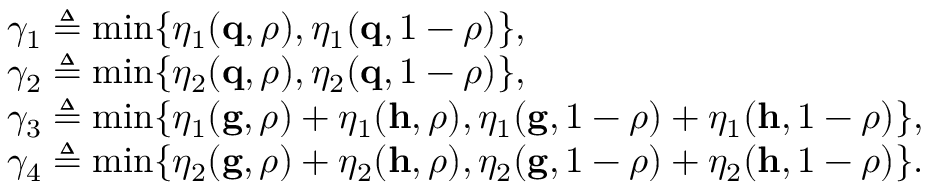
\begin{array} { r l } & { \gamma _ { 1 } \triangleq \operatorname* { m i n } \{ \eta _ { 1 } ( \mathbf { q } , \rho ) , \eta _ { 1 } ( \mathbf { q } , 1 - \rho ) \} , } \\ & { \gamma _ { 2 } \triangleq \operatorname* { m i n } \{ \eta _ { 2 } ( \mathbf { q } , \rho ) , \eta _ { 2 } ( \mathbf { q } , 1 - \rho ) \} , } \\ & { \gamma _ { 3 } \triangleq \operatorname* { m i n } \{ \eta _ { 1 } ( \mathbf { g } , \rho ) + \eta _ { 1 } ( \mathbf { h } , \rho ) , \eta _ { 1 } ( \mathbf { g } , 1 - \rho ) + \eta _ { 1 } ( \mathbf { h } , 1 - \rho ) \} , } \\ & { \gamma _ { 4 } \triangleq \operatorname* { m i n } \{ \eta _ { 2 } ( \mathbf { g } , \rho ) + \eta _ { 2 } ( \mathbf { h } , \rho ) , \eta _ { 2 } ( \mathbf { g } , 1 - \rho ) + \eta _ { 2 } ( \mathbf { h } , 1 - \rho ) \} . } \end{array}